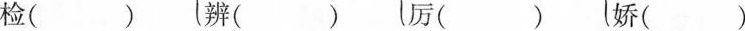
检（）辨( ) 厉( ) 娇()